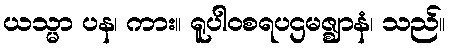
ယသ္မာ ပန၊ ကား။ ရူပါဝစရပဌမဇ္ဈာနံ၊ သည်။